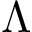
\Lambda